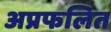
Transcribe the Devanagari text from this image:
अप्रफलित